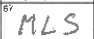
Transcription: MLS